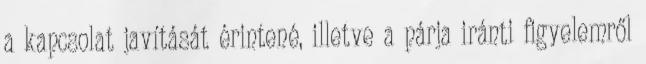
a kapcsolat javítását érintené, illetve a párja iránti figyelemről